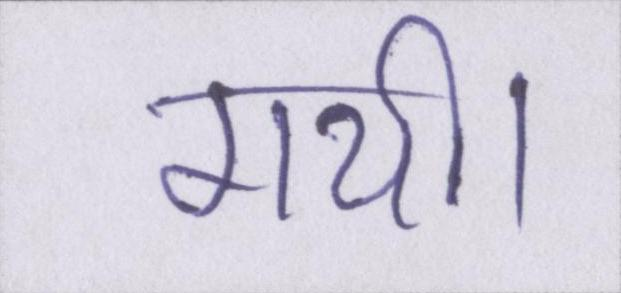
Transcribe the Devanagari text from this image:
गयी।